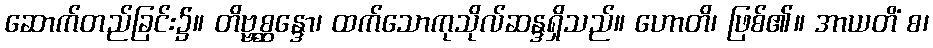
ဆောက်တည်ခြင်း၌။ တိဗ္ဗစ္ဆန္ဒော၊ ထက်သောကုသိုလ်ဆန္ဒရှိသည်။ ဟောတိ၊ ဖြစ်၏။ အာယတိံ စ၊